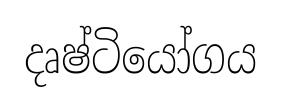
දෘෂ්ටියෝගය